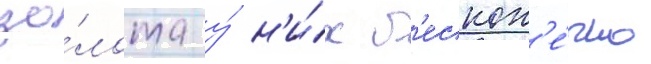
зо́лота у́ н'и́х б'ескон'е́чно